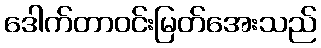
ဒေါက်တာဝင်းမြတ်အေးသည်